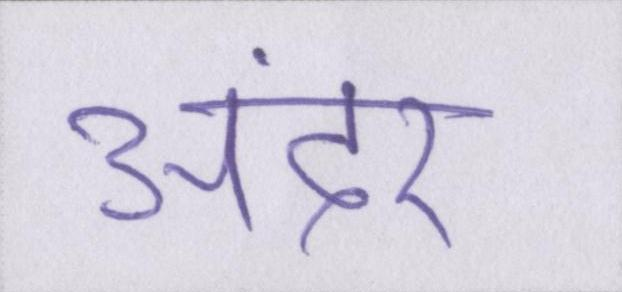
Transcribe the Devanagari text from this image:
अंदर